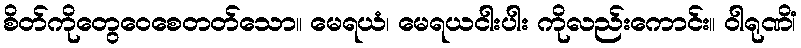
စိတ်ကိုတွေဝေစေတတ်သော။ မေရယံ၊ မေရယငါးပါး ကိုလည်းကောင်း။ ဝါရုဏိံ၊